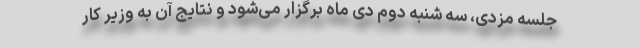
جلسه مزدی، سه شنبه دوم دی ماه برگزار می‌شود و نتایج آن به وزیر کار